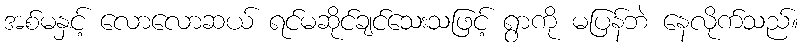
အစ်မနှင့် လောလောဆယ် ရင်မဆိုင်ချင်သေးသဖြင့် ရွာကို မပြန်ဘဲ နေလိုက်သည်။